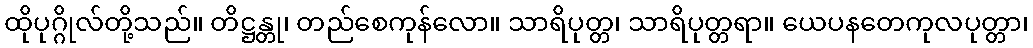
ထိုပုဂ္ဂိုလ်တို့သည်။ တိဋ္ဌန္တု၊ တည်စေကုန်လော။ သာရိပုတ္တ၊ သာရိပုတ္တရာ။ ယေပနတေကုလပုတ္တာ၊